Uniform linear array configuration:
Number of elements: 64
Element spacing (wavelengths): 0.5
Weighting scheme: blackman
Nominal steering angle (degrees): -45
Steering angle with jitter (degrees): -43.586
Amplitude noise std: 0.05
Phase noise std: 0.05

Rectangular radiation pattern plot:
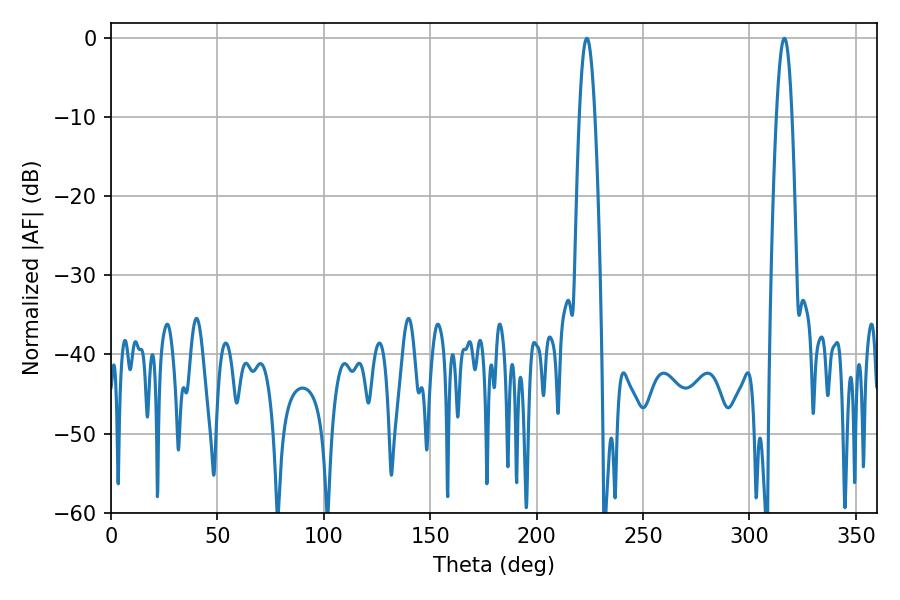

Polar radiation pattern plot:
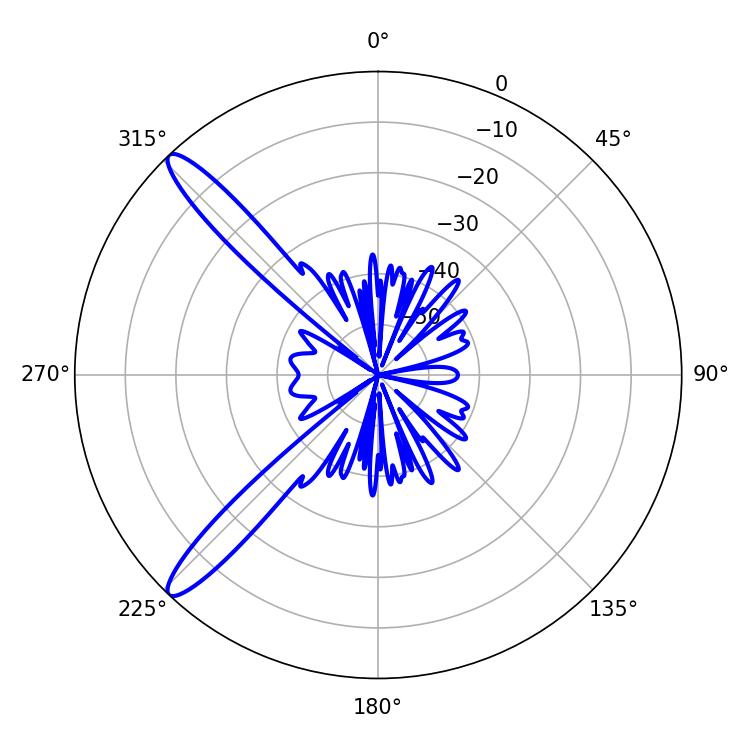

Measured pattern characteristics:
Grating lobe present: FALSE
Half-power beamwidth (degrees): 3.96
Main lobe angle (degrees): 223.56